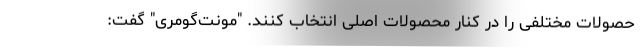
حصولات مختلفی را در کنار محصولات اصلی انتخاب کنند. "مونت‌گومری" گفت: